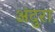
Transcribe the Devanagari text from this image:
अंदुरा